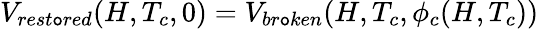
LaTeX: V_{rest\mathtt{o}red}(H,T_{c},0)=V_{br\mathtt{o}ken}(H,T_{c},\phi_{c}(H,T_{c}))